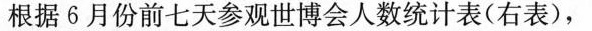
根据6月份前七天参观世博会人数统计表(右表)，